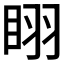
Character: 𭾲